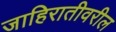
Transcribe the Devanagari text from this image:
जाहिरातीवरील